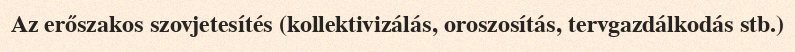
Az erőszakos szovjetesítés (kollektivizálás, oroszosítás, tervgazdálkodás stb.)